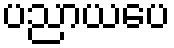
ပညာယပေ